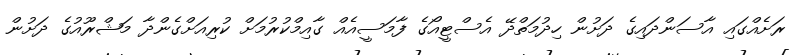
ރަށެއްގައި އާސަންދައިގެ ދަށުން ހިދުމަތްދޭ އެސްޓީއޯގެ ފާމަސީއެއް ގާއިމްކުރުމަށް ކުރިއަށްގެންދާ މަޝްރޫއުގެ ދަށުން